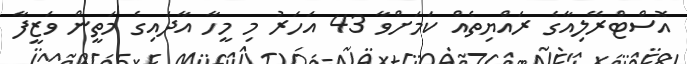
އޮސްޓްރޭލިއާގެ ރައްޔިތެއް ކަމަށްވާ 43 އަހަރު މި މީހާ އާދައިގެ މަތީން ވަޒީފާ